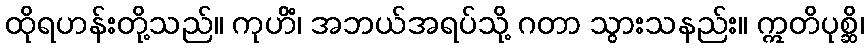
ထိုရဟန်းတို့သည်။ ကုဟိံ၊ အဘယ်အရပ်သို့ ဂတာ သွားသနည်း။ ဣတိပုစ္ဆိ၊